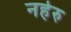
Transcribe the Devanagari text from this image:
नहेरु